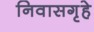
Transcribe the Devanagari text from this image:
निवासगृहे